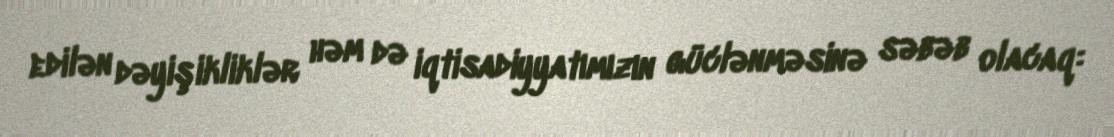
edilən dəyişikliklər həm də iqtisadiyyatımızın güclənməsinə səbəb olacaq: